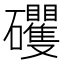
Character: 𱵄